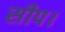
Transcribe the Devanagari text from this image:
सीप।